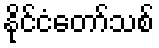
နိုင်ငံတော်သစ်